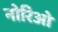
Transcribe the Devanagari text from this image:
नोरिओ